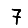
Digit: 7